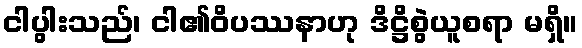
ငါပွါးသည်၊ ငါ၏ဝိပဿနာဟု ဒိဋ္ဌိစွဲယူစရာ မရှိ။